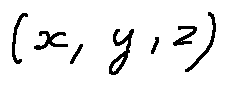
( x , y , z )